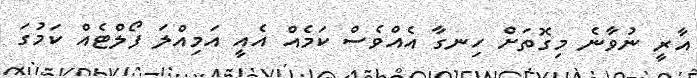
އާރީ ނުވާނެ މިގޮތަށް ހިނގާ އެއްވެސް ކަމެއް އެއީ އަމިއްލަ ފޯލްޓެއް ކަމުގަ